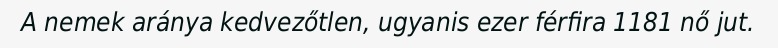
A nemek aránya kedvezőtlen, ugyanis ezer férfira 1181 nő jut.